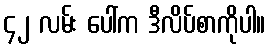
၄၂ လမ်း ပေါ်က ဒီလိပ်စာကိုပါ။